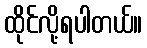
ထိုင်လို့ရပါတယ်။